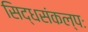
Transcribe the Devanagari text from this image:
सिद्धसंकल्पः